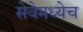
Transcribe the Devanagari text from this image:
सेवेमध्येच